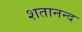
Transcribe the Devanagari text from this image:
शतानन्द